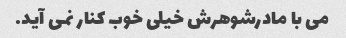
می با مادرشوهرش خیلی خوب کنار نمی آید.